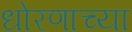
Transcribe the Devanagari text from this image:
धोरणाच्‍या